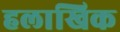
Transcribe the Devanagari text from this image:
हलाखिक